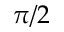
\pi / 2